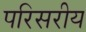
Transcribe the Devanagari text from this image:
परिसरीय